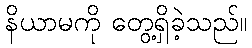
နိယာမကို တွေ့ရှိခဲ့သည်။